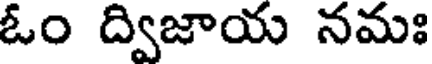
ఓం ద్విజాయ నమః